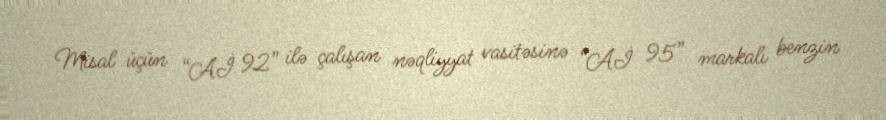
Misal üçün “Aİ 92” ilə çalışan nəqliyyat vasitəsinə “Aİ 95” markalı benzin